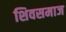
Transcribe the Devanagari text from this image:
शिवसमाज